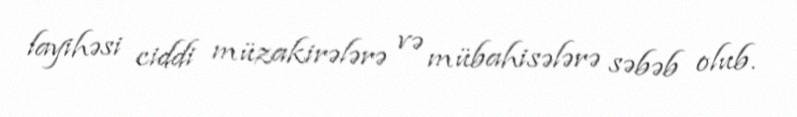
layihəsi ciddi müzakirələrə və mübahisələrə səbəb olub.